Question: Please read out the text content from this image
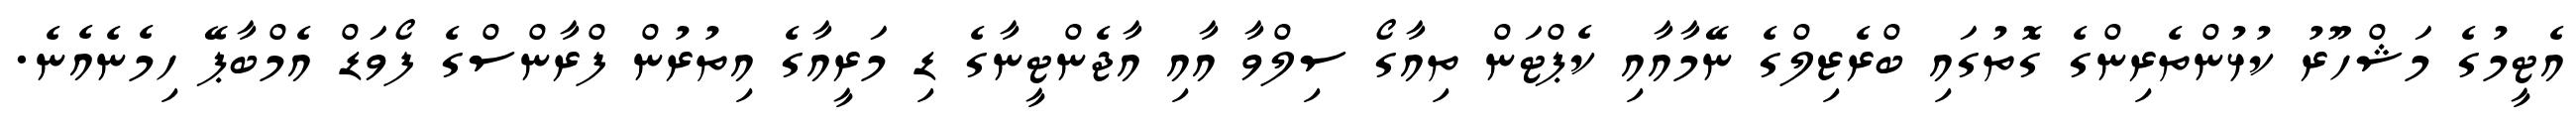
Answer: އެޓީމުގެ މަޝްހޫރު ކުޅުންތެރިންގެ ގޮތުގައި ބްރެޒިލްގެ ނޭމާއާއި ކެޕްޓަން ތިއާގޯ ސިލްވާ އާއި އާޖެންޓީނާގެ ޑި މަރީއާގެ އިތުރުން ފްރާންސްގެ ފޯވަޑް އެމްބާޕޭ ހިމެނެއެނެ.